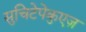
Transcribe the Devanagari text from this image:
सुचिटेपेकुएज़